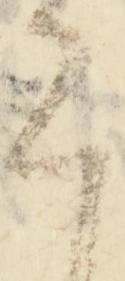
言